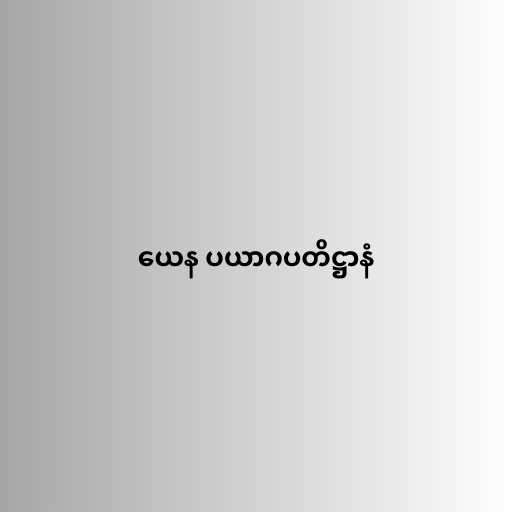
ယေန ပယာဂပတိဋ္ဌာနံ